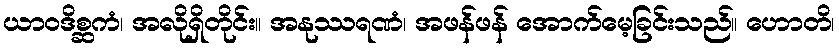
ယာဝဒိစ္ဆကံ၊ အလိုရှိတိုင်း။ အနုဿရဏံ၊ အဖန်ဖန် အောက်မေ့ခြင်းသည်။ ဟောတိ၊